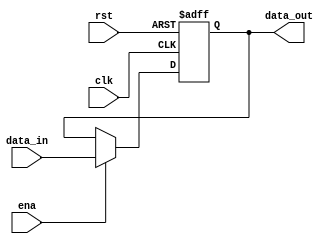
`timescale 1ns / 1ps
/*module pcreg(
input clk, //1  PC 
input rst, //1   PC 
// ena  rst 
input ena, //1 , PC  data_in
//
input [31:0] data_in, //32 
output [31:0] data_out //32  PC
//
);
    genvar i;
    generate 
        for(i = 0; i < 32; i = i + 1)
            begin:D_FF
                Asynchronous_D_FF  Asynchronous_D_FF_dut(.CLK(clk), .D(ena ? data_in[i] : data_out[i]), .RST_n(~rst), .Q1(data_out[i]), .Q2());
            end
    endgenerate

endmodule*/

module pcreg( 
    input clk,   //1PC 
    input rst,   //1PC 
                    //enarst 
    input ena,   //1,PCdata_in 
                    // 
    input [31:0] data_in, //32 
    output reg [31:0] data_out   //32 PC  
                                // 
    );       
    always@(posedge clk or posedge rst) begin
        if(rst) begin
            data_out<=32'h0;
            end
        else if(ena)
            data_out<=data_in;
        end
endmodule